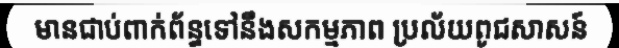
មានជាប់ពាក់ព័ន្ធទៅនឹងសកម្មភាព ប្រល័យពូជសាសន៍